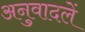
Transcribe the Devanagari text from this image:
अनुवादलें